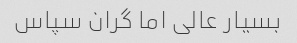
بسیار عالی اما گران سپاس